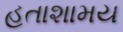
હતાશામય